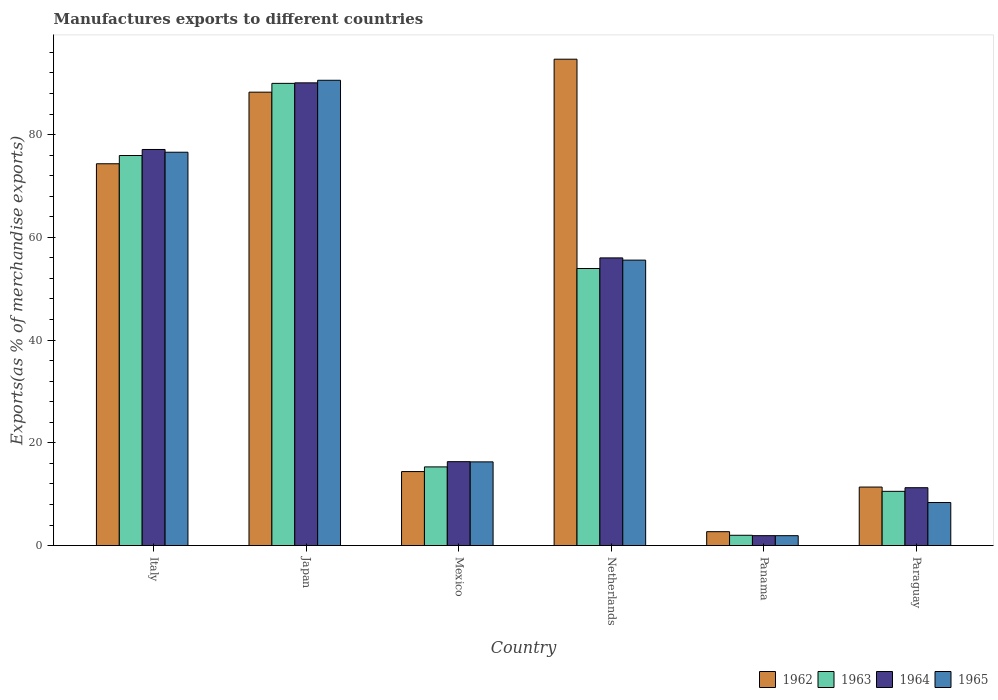
| Country | 1962 | 1963 | 1964 | 1965 |
 | --- | --- | --- | --- | --- |
 | Italy | 74.3 | 75.9 | 77.1 | 76.6 |
 | Japan | 88.3 | 90 | 90.1 | 90.6 |
 | Mexico | 14.4 | 15.3 | 16.3 | 16.3 |
 | Netherlands | 94.7 | 53.9 | 56 | 55.6 |
 | Panama | 2.7 | 2 | 1.93 | 1.92 |
 | Paraguay | 11.4 | 10.6 | 11.3 | 8.38 |